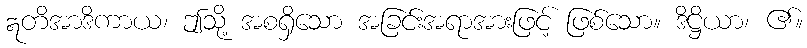
ဣတိအာဒိကာယ၊ ဤသို့ အစရှိသော အခြင်းအရာအားဖြင့် ဖြစ်သော။ ဒိဋ္ဌိယာ၊ ၏။